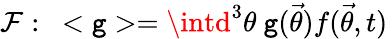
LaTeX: {\cal{F}}:\ <\mathtt{g}>=\intd^{3}\theta\ \mathtt{g}({\vec{{\theta}}})f({\vec{{\theta}}},t)\,